Indian journal of veterinary science and animal husbandry - Volume 5,
Year: 1935
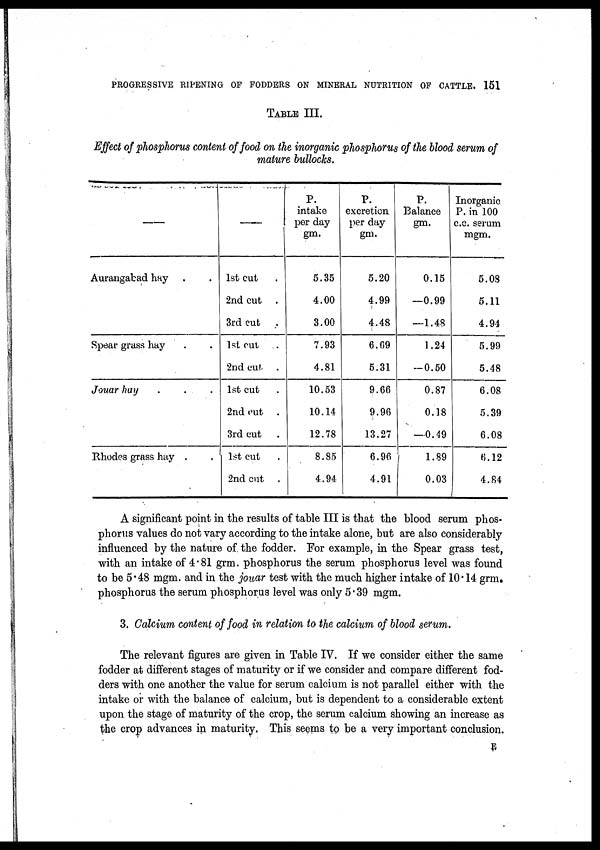
PROGRESSIVE RIPENING OF FODDERS ON MINERAL NUTRITION OF CATTLE. 151
TABLE III.
Effect of phosphorus content of food on the inorganic phosphorus of the blood serum of
mature bullocks.
___
Aurangabad hay . .
Spear grass hay . .
Jouar hay . . .
Rhodes grass hay . .
___
1st cut .
2nd cut .
3rd cut .
1st cut .
2nd cut .
1st cut .
2nd cut .
3rd cut .
1st cut .
2nd cut .
P.
intake
per day
gm.
5.35
4.00
3.00
7.93
4.81
10.53
10.14
12.78
8.85
4.94
P.
excretion.
per day
gm.
5.20
4.99
4.48
6.69
5.31
9.66
9.96
13.27
6.96
4.91
P.
Balance
gm.
0.15
—0.99
—1.48
1.24
—0.50
0.87
0.18
—0.49
1.89
0.03
Inorganic
P. in 100
c.c. serum
mgm.
5.08
5.11
4.94
5.99
5.48
6.08
5.39
6.08
6.12
4.84
A significant point in the results of table III is that the blood serum phos-
phorus values do not vary according to the intake alone, but are also considerably
influenced by the nature of the fodder. For example, in the Spear grass test,
with an intake of 4.81 grm. phosphorus the serum phosphorus level was found
to be 5.48 mgm. and in the jouar test with the much higher intake of 10.14 grm.
phosphorus the serum phosphorus level was only 5.39 mgm.
3. Calcium content of food in relation to the calcium of blood serum.
The relevant figures are given in Table IV. If we consider either the same
fodder at different stages of maturity or if we consider and compare different fod-
ders with one another the value for serum calcium is not parallel either with the
intake or with the balance of calcium, but is dependent to a considerable extent
upon the stage of maturity of the crop, the serum calcium showing an increase as
the crop advances in maturity. This seems to be a very important conclusion.
E